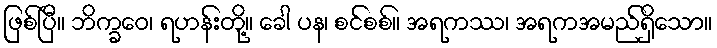
ဖြစ်ပြီ။ ဘိက္ခဝေ၊ ရဟန်းတို့။ ခေါ ပန၊ စင်စစ်။ အရကဿ၊ အရကအမည်ရှိသော။